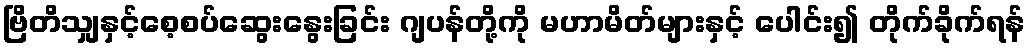
ဗြိတိသျှနှင့်စေ့စပ်ဆွေးနွေးခြင်း ဂျပန်တို့ကို မဟာမိတ်များနှင့် ပေါင်း၍ တိုက်ခိုက်ရန်